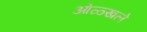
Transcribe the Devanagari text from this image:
ओळ्खले